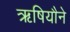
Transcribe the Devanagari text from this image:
ऋषियौने